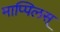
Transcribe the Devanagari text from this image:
माप्पिलस्